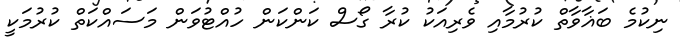
ނިކުމެ ބަޣާވާތް ކުރުމާއި ވެރިއަކު ކުރާ ގޯސް ކަންކަން ހުއްޓުވަން މަސައްކަތް ކުރުމަކީ